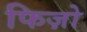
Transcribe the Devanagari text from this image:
फिज़ो